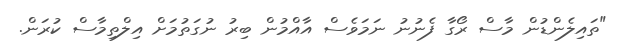
"ތައިލެންޑުން މާސް ރޯގާ ފެނުނު ނަމަވެސް އާއްމުން ބިރު ނުގަތުމަށް އިލްތިމާސް ކުރަން.